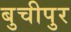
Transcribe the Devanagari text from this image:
बुचीपुर